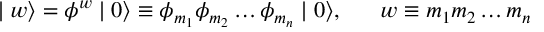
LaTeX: \mid w \rangle = \phi ^ { w } \mid 0 \rangle \equiv \phi _ { m _ { 1 } } \phi _ { m _ { 2 } } \ldots \phi _ { m _ { n } } \mid 0 \rangle , \; \; \; \; \; \; w \equiv m _ { 1 } m _ { 2 } \ldots m _ { n }